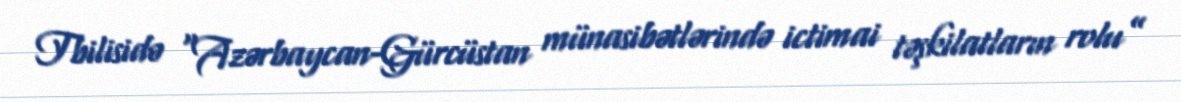
Tbilisidə “Azərbaycan-Gürcüstan münasibətlərində ictimai təşkilatların rolu”